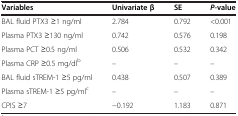
| Variables | Univariate β | SE | P-value |
 | --- | --- | --- | --- |
 | BAL fluid PTX3 ≥1 ng/ml | 2.784 | 0.792 | <0.001 |
 | Plasma PTX3 ≥130 ng/ml | 0.742 | 0.576 | 0.198 |
 | Plasma PCT ≥0.5 ng/ml | 0.506 | 0.532 | 0.342 |
 | Plasma CRP ≥0.5 mg/dlb | – | – | – |
 | BAL fluid sTREM-1 ≥5 pg/ml | 0.438 | 0.507 | 0.389 |
 | Plasma sTREM-1 ≥5 pg/mlc | – | – | – |
 | CPIS ≥7 | −0.192 | 1.183 | 0.871 |